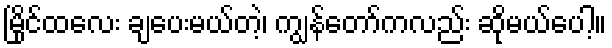
မြိုင်ထလေး ချပေးမယ်တဲ့၊ ကျွန်တော်ကလည်း ဆိုမယ်ပေါ့။